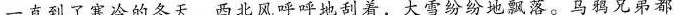
一直到了寒冷的冬天，西北风呼呼地刮着，大雪纷纷地飘落。乌鸦兄弟都